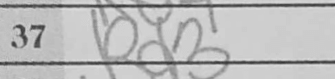
Transcription: Rd3